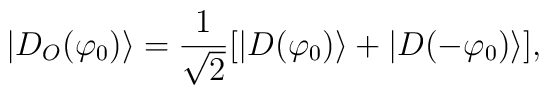
| D_O (\varphi_0) \rangle = \frac{1}{\sqrt{2}}       [ | D(\varphi_0) \rangle + | D( - \varphi_0) \rangle ] ,